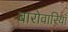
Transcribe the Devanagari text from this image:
बारोवारियाँ